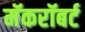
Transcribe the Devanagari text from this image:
मॅकरॉबर्ट